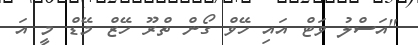
"އަސްލު ވަޓް އައި ހޭވް ގޯން ތްރޫ ހޭޒް މޭޑް މީ އަ